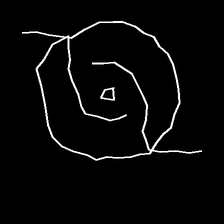
Glyph: repetition